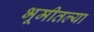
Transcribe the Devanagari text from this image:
भूमीतल्या